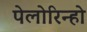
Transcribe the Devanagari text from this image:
पेलोरिन्हो